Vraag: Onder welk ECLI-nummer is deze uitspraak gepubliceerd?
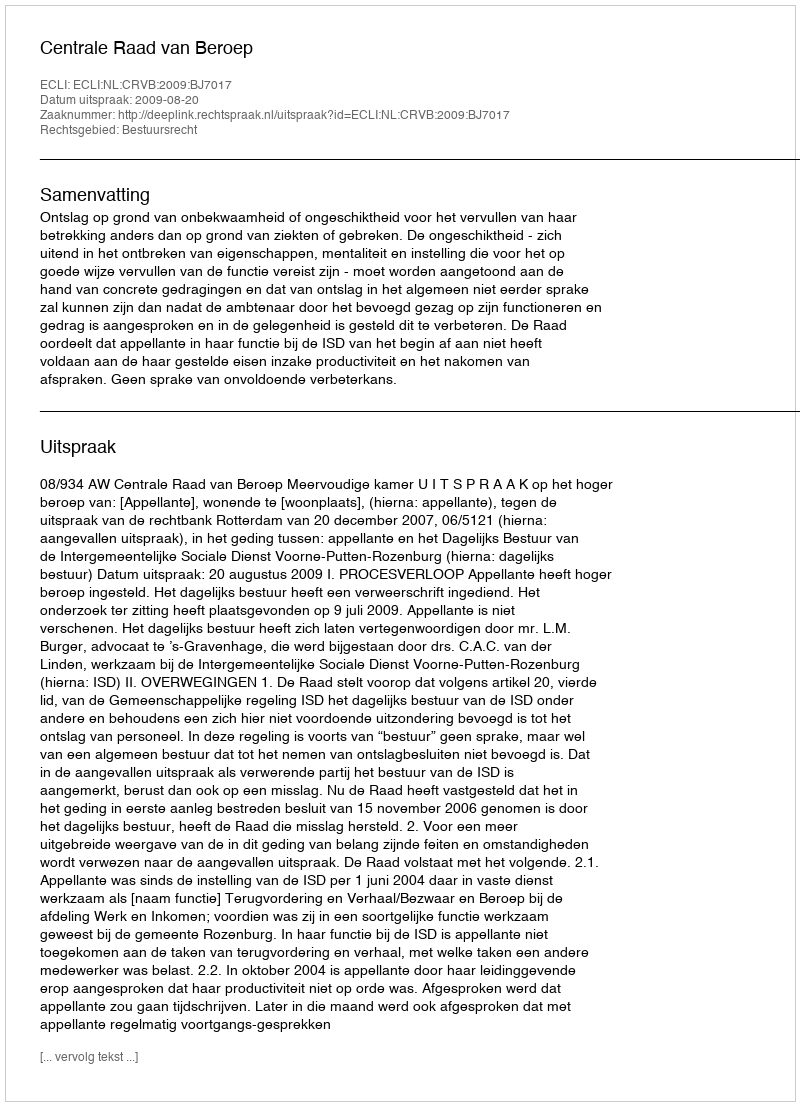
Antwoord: ECLI:NL:CRVB:2009:BJ7017